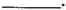
___。